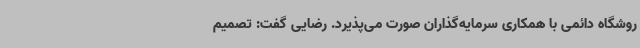
روشگاه دائمی با همکاری سرمایه‌گذاران صورت می‌پذیرد. رضایی گفت: تصمیم